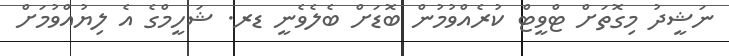
ނަޝީދު މިގޮތަށް ޓްވީޓް ކުރެއްވުމުން ބޮޑަށް ބެލެވެނީ ޑރ. ޝަހީމްގެ އެ ލިޔުއްވުމަށް